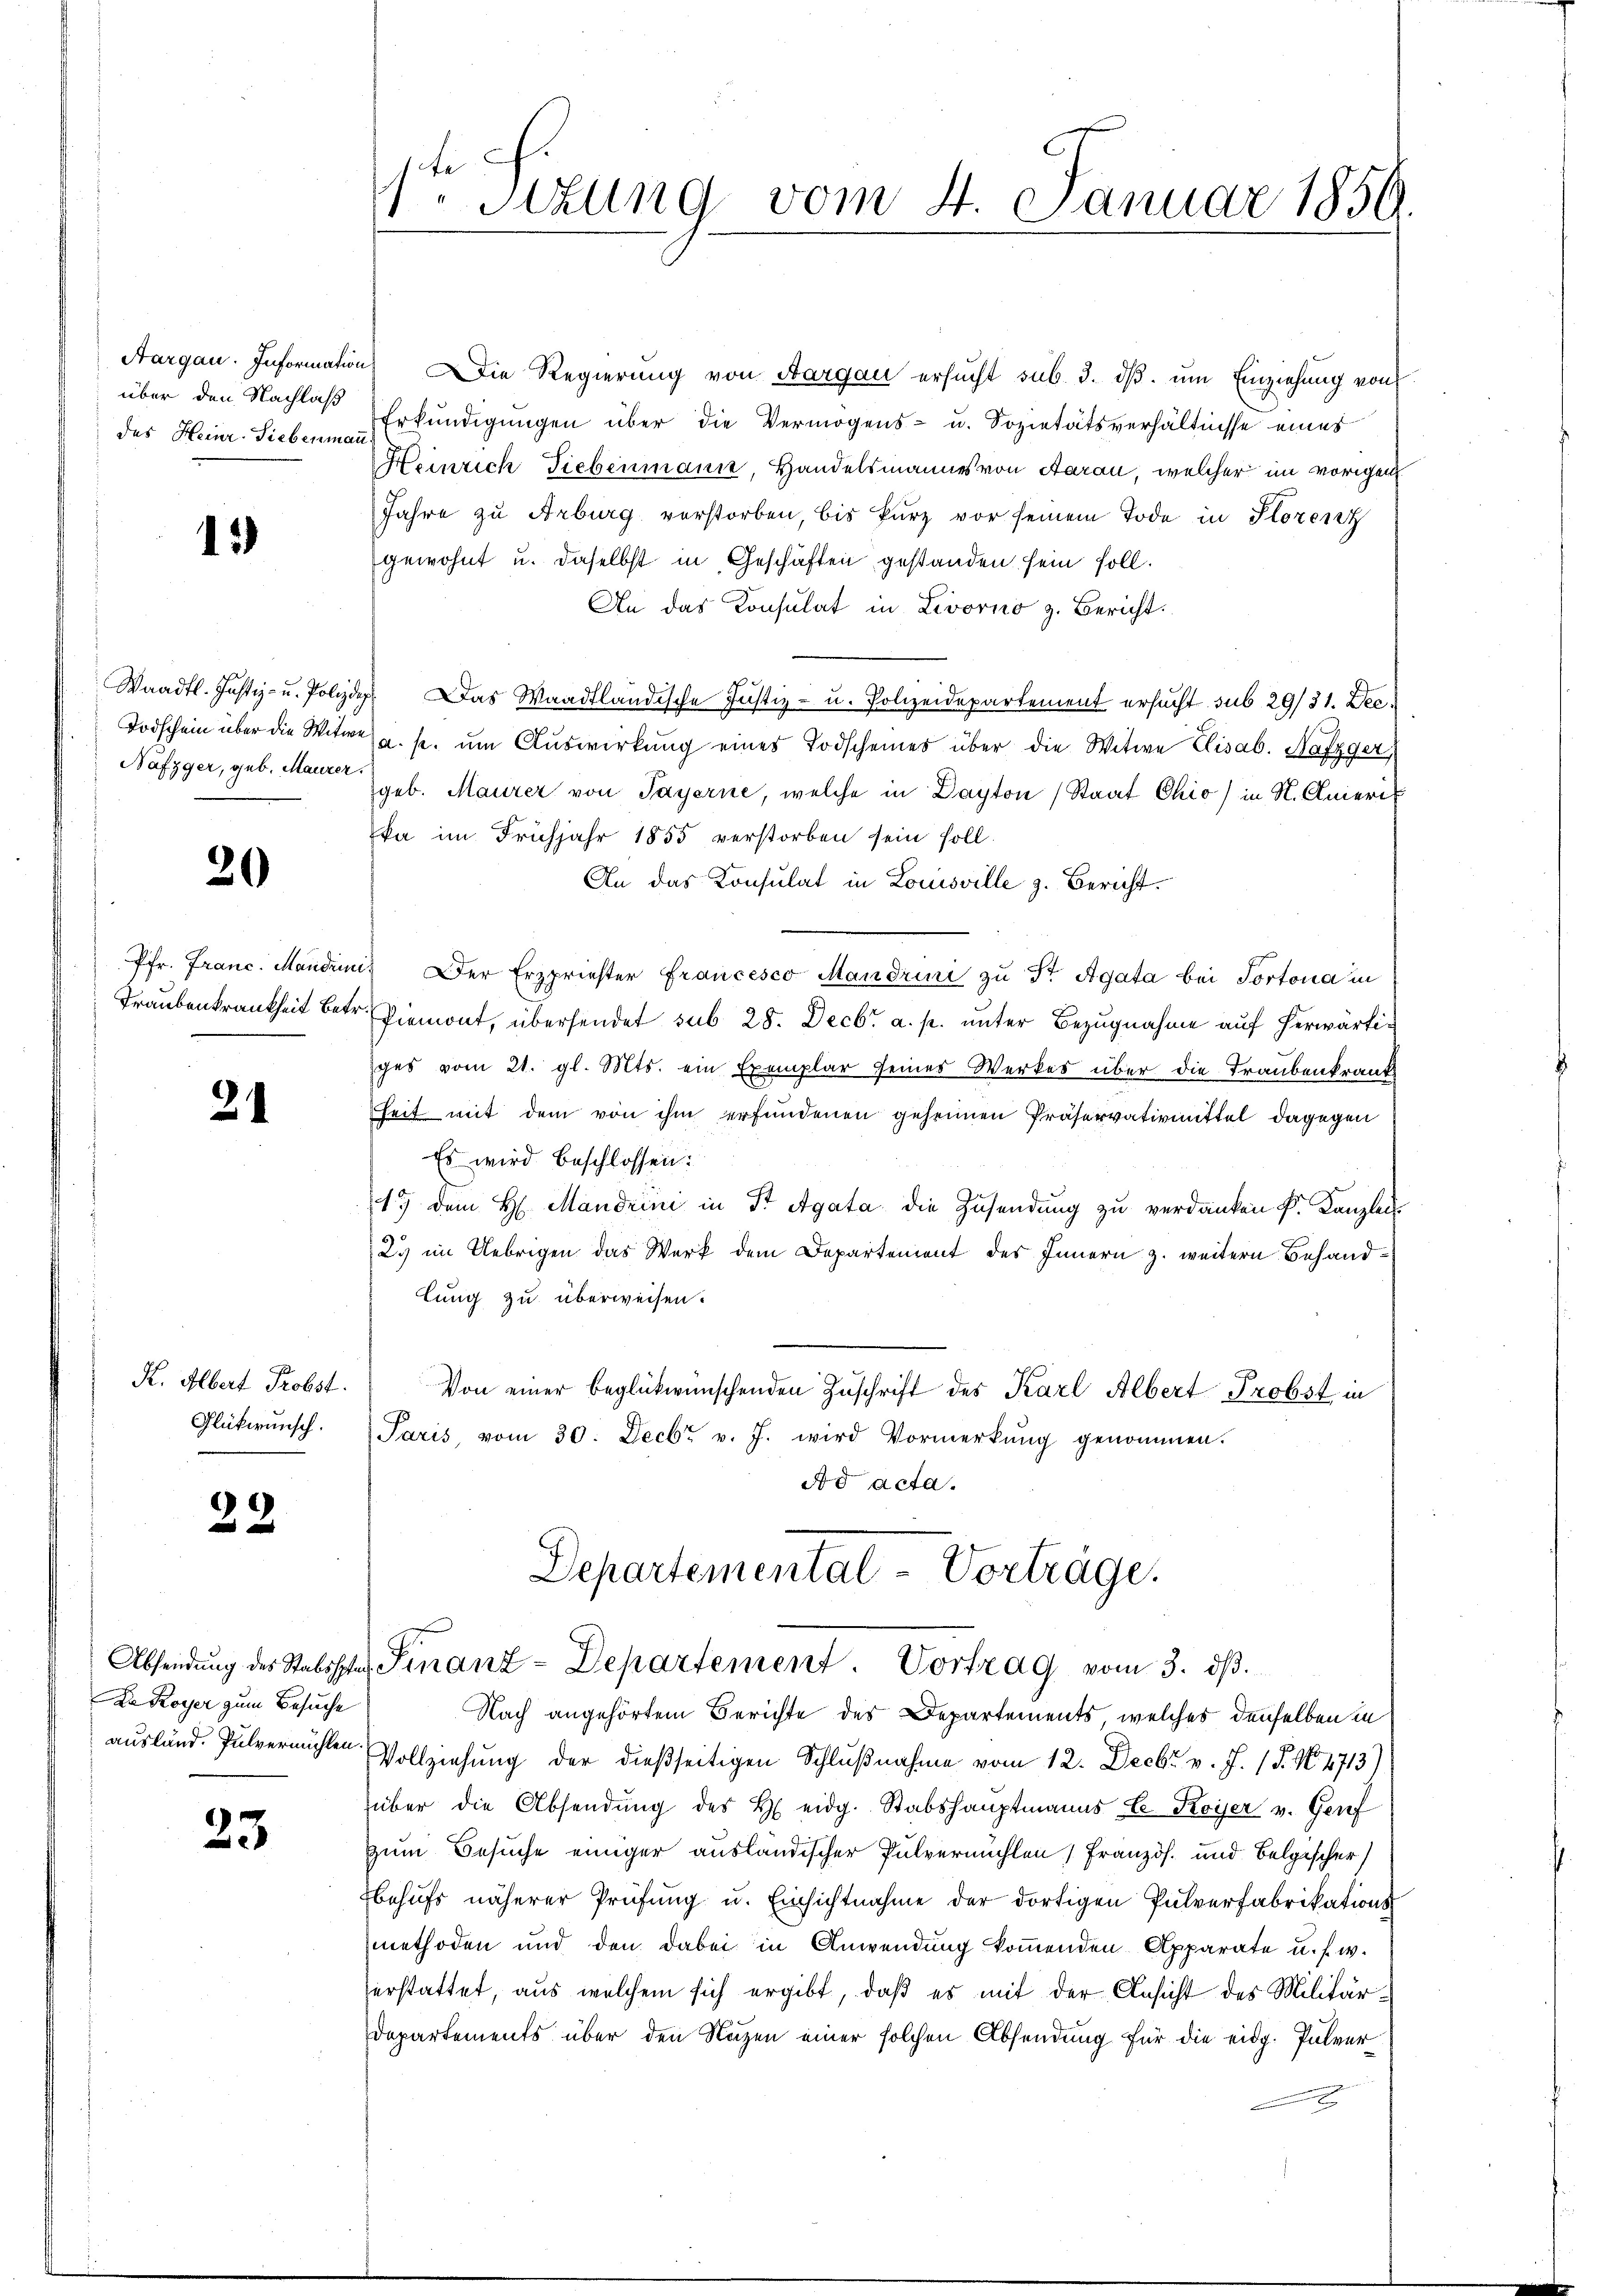
über den Nachlaß

15

Näfzger, geb. Maurer

20

24

K. Albert Probst.
Glückwunsch.

22

Die Royer zum Besuche

23

Aargau. Information. Die Regierung von Aargau ersucht sub. 3. dβ. um Einziehung von
des Heinr. Sieben Erkundigungen über die Vermögens- u. Sopietätsverhältnisse eines
Heinrich Fiebenmann, Handelsmannes von Aarau, welcher im vorigen
Jahre zu Arburg verstorben, bis kurz vor seinem Tode in Storenz
gewohnt u. daselbst in Geschäften gestanden sein soll.
An das Consulat in Livorno z. Bericht.
Waadt. Justiz- u. Polide. Das Waadtländische Justiz- u. Polizeidepartement ersucht sub 29/31. Dec.
Todschein über die Witwe u. s. um Auswirkung eines Todscheines über die Witwe Elisab. Nafzger
geb. Maurer von Payerne, welche in Dayton Staat Chio) in N. Aneri
ka im Frühjahr 1855 verstorben sein soll.
An das Konsulat in Louisville z. Bericht.
Pfr. Franc. Manden. Der Erzpriester Francesco Mandrini zu St. Agata bei Portona in
Traubenkrankheit betr. Piemont, übersendet sub 28. Decbr a. p. unter Bezugnahme auf herwärtiges vom 21. gl. Mts. ein Exemplar seines Werkes über die Traubenkrank
heit mit dem von ihm erfundenen geheimen Präservativmittel dagegen
Es wird beschlossen:
19 dem H: Mandrini in St. Agata die Zusendung zu verdanken k. Kanzlei
23 im Uebrigen das Werk dem Departement des Innern z. weitern Behandlung zu überweisen.
Von einer beglückwünschenden Zuschrift des Karl Albert Probst in
Paris, vom 30. Decbr. v. J. wird Vormerkŭng genommen.
Ad acta.
Departemental-Vorträge.

1ten Sizung vom 4. Januar 1850.

Absendŭng des Stabssche Finanz-Departement. Vortrag vom 3. dβ.

Nach angehörtem Berichte des Departements, welches denselben in
ausland. Pulvermöchten Vollziehung der dießseitigen Schlußnahme vom 12. Decbr v. J. (T. No. 4713)
über die Absendŭng des H. eidg. Stabshauptmanns E Koyer v. Genf
zum Besuche einiger ausländischer Pulvermühlen (Französ. und Belgischer
behufs näherer Prüfung u. Einsichtnahme der dortigen Pulverfabrikations
methoden und den dabei in Anwendung kommenden Apparate u. s. w.
erstattet, aus welchem sich ergibt, daß es mit der Ansicht des Militär¬
Departements über den Nuzen einer solchen Absendung für die eidg. Pulver¬